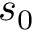
s _ { 0 }